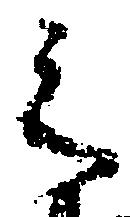
之